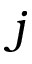
j